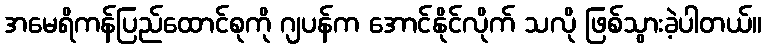
အမေရိကန်ပြည်ထောင်စုကို ဂျပန်က အောင်နိုင်လိုက် သလို ဖြစ်သွားခဲ့ပါတယ်။